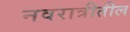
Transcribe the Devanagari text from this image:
नवरात्रीतील